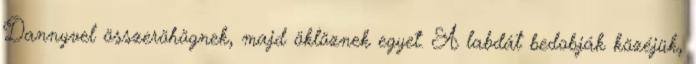
Dannyvel összeröhögnek, majd öklöznek egyet. A labdát bedobják közéjük,